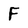
Character: F